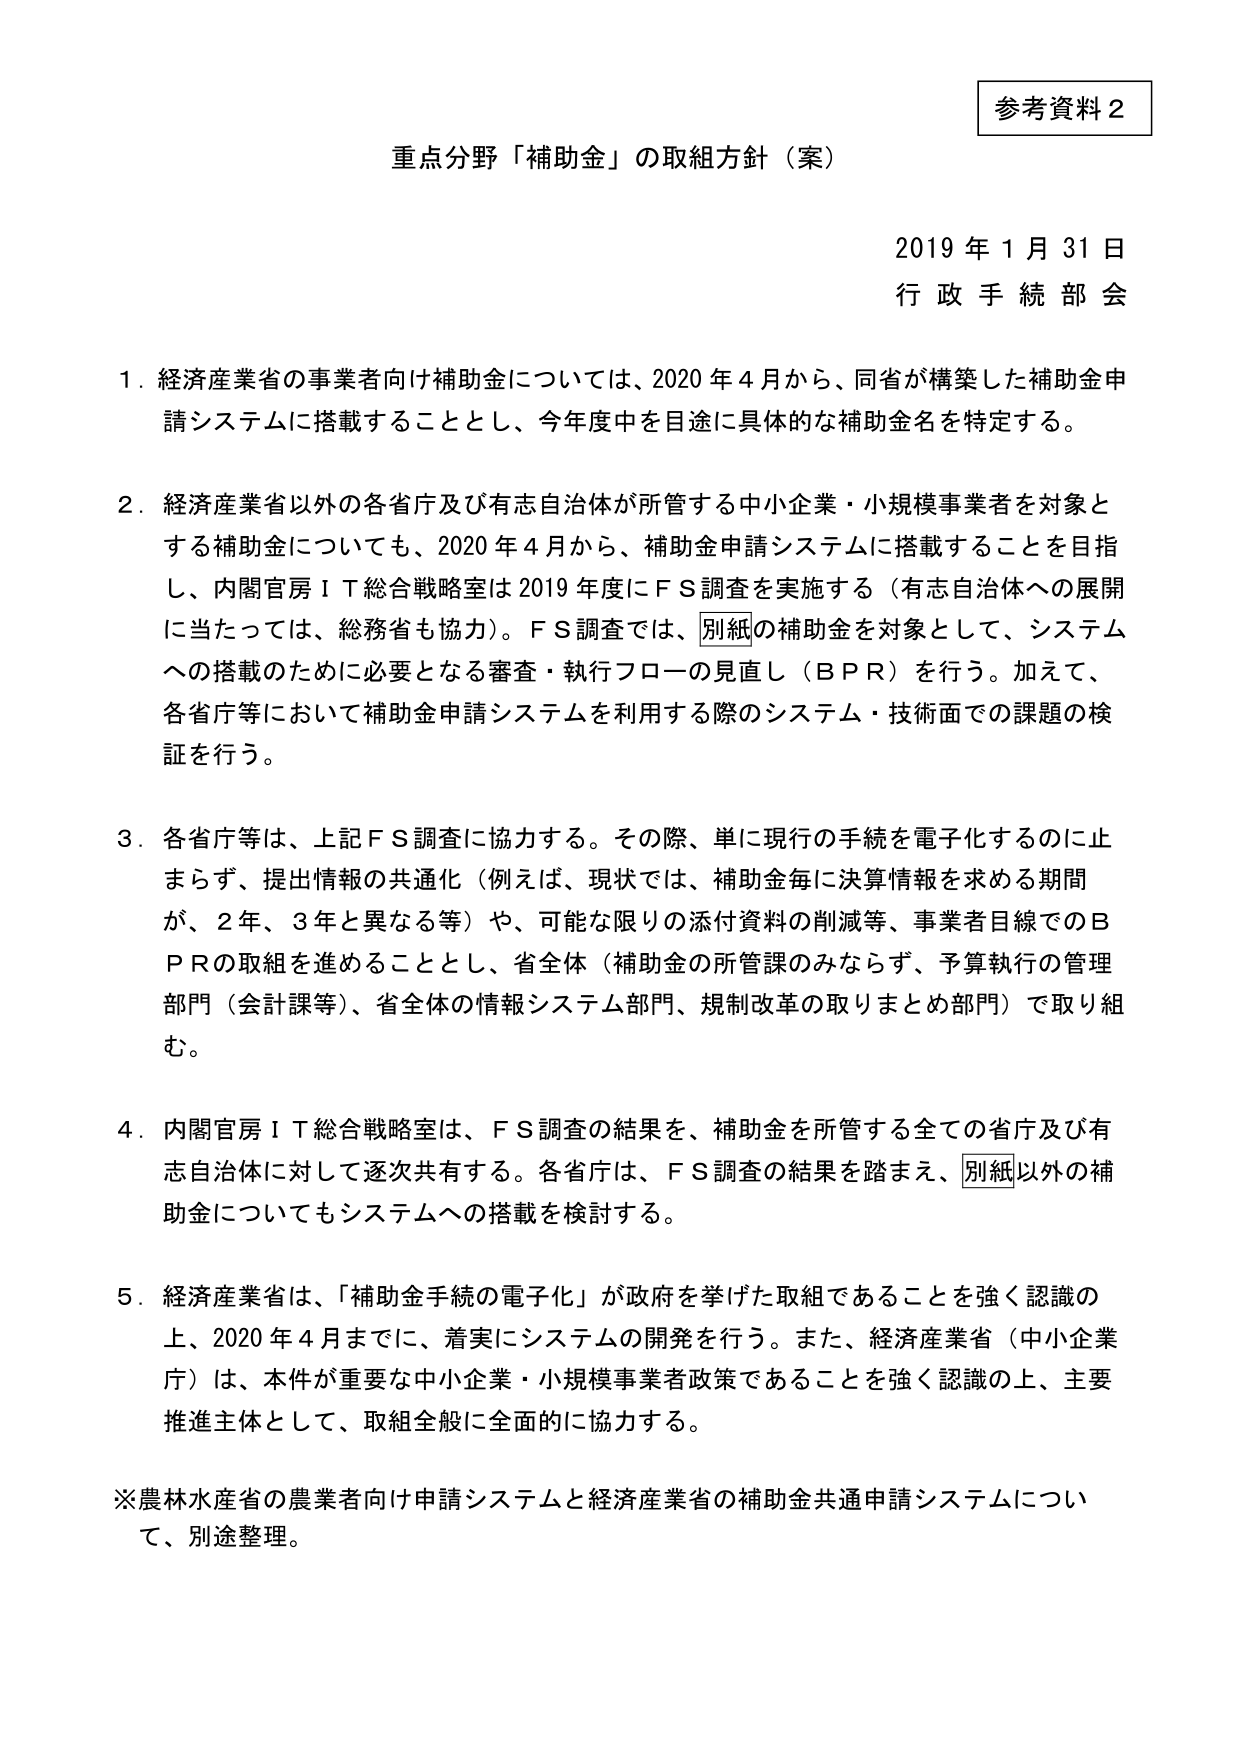
参考資料２

重点分野「補助金」の取組方針（案）

2019年1月31日
行政手続部会

1．経済産業省の事業者向け補助金については、2020年4月から、同省が構築した補助金申請システムに搭載することとし、今年度中を目途に具体的な補助金名を特定する。

2．経済産業省以外の各省庁及び有志自治体が所管する中小企業・小規模事業者を対象とする補助金についても、2020年4月から、補助金申請システムに搭載することを目指し、内閣官房ＩＴ総合戦略室は2019年度にＦＳ調査を実施する（有志自治体への展開に当たっては、総務省も協力）。ＦＳ調査では、別紙の補助金を対象として、システムへの搭載のために必要となる審査・執行フローの見直し（ＢＰＲ）を行う。加えて、各省庁等において補助金申請システムを利用する際のシステム・技術面での課題の検証を行う。

3．各省庁等は、上記ＦＳ調査に協力する。その際、単に現行の手続を電子化するのに止まらず、提出情報の共通化（例えば、現状では、補助金毎に決算情報を求める期間が、2年、3年と異なる等）や、可能な限りの添付資料の削減等、事業者目線でのＢＰＲの取組を進めることとし、省全体（補助金の所管課のみならず、予算執行の管理部門（会計課等）、省全体の情報システム部門、規制改革の取りまとめ部門）で取り組む。

4．内閣官房ＩＴ総合戦略室は、ＦＳ調査の結果を、補助金を所管する全ての省庁及び有志自治体に対して逐次共有する。各省庁は、ＦＳ調査の結果を踏まえ、別紙以外の補助金についてもシステムへの搭載を検討する。

5．経済産業省は、「補助金手続の電子化」が政府を挙げた取組であることを強く認識の上、2020年4月までに、着実にシステムの開発を行う。また、経済産業省（中小企業庁）は、本件が重要な中小企業・小規模事業者政策であることを強く認識の上、主要推進主体として、取組全般に全面的に協力する。

※農林水産省の農業者向け申請システムと経済産業省の補助金共通申請システムについて、別途整理。